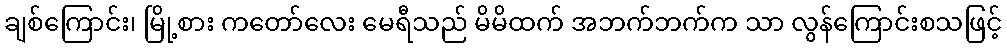
ချစ်ကြောင်း၊ မြို့စား ကတော်လေး မေရီသည် မိမိထက် အဘက်ဘက်က သာ လွန်ကြောင်းစသဖြင့်